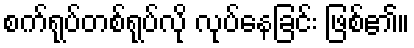
စက်ရုပ်တစ်ရုပ်လို လုပ်နေခြင်း ဖြစ်၏။